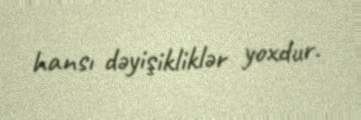
hansı dəyişikliklər yoxdur.